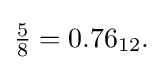
{\textstyle {\frac {5}{8}}=0.76_{12}.}